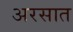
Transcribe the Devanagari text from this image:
अरसात